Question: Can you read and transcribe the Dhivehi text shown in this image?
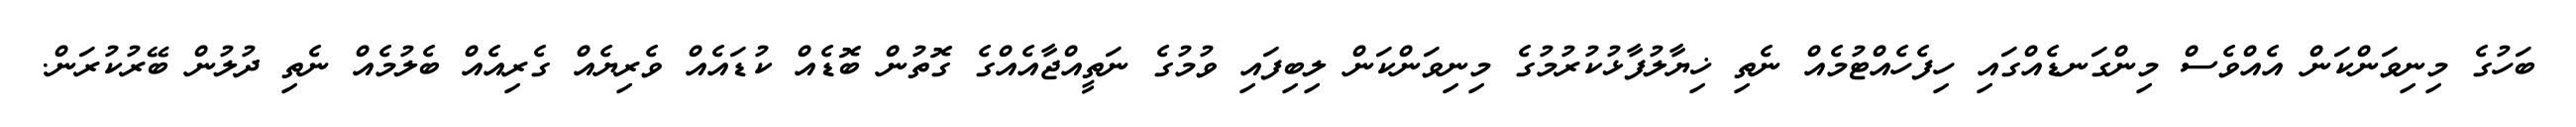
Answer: ބަހުގެ މިނިވަންކަން އެއްވެސް މިންގަނޑެއްގައި ހިފެހެއްޓުމެއް ނެތި ޚިޔާލުފާޅުކުރުމުގެ މިނިވަންކަން ލިބިފައި ވުމުގެ ނަތީއްޖާއެއްގެ ގޮތުން ބޮޑެއް ކުޑައެއް ވެރިޔެއް ގެރިއެއް ބެލުމެއް ނެތި ދުލުން ބޭރުކުރަން.